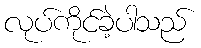
လုပ်ကိုင်ခဲ့ပါသည်